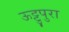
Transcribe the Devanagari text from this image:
ऊट्टुपुरा